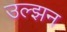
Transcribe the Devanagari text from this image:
उल्झन